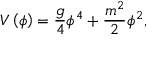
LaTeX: V \left( \phi \right) = { \frac { g } { 4 } } \phi ^ { 4 } + { \frac { m ^ { 2 } } { 2 } } \phi ^ { 2 } ,